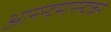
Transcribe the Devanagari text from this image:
आनन्दमानन्दकरं